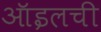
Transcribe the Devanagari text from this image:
ऑइलची